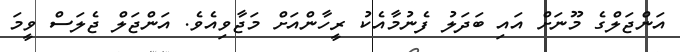
އަންޖަލްގެ މޫނަށް އައި ބަދަލު ފެނުމާއެކު ރީހާންއަށް މަޖާވިއެވެ. އަންޖަލް ޖެލަސް ވީމަ